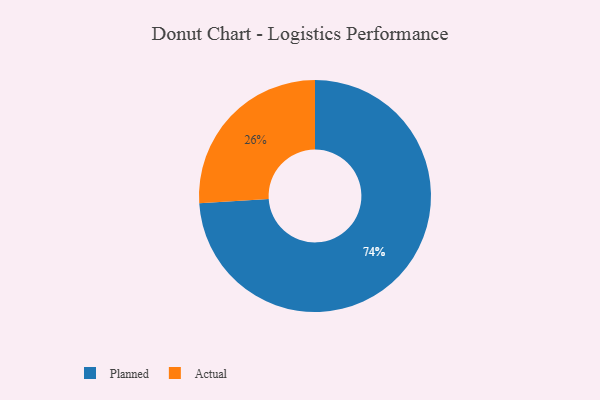
{"axis": {"x": "Category", "y": "Percentage"}, "legend": ["Actual", "Planned"], "data": [{"x": "Planned", "y": 74, "type": "Planned"}, {"x": "Actual", "y": 26, "type": "Actual"}]}